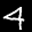
Label: 4